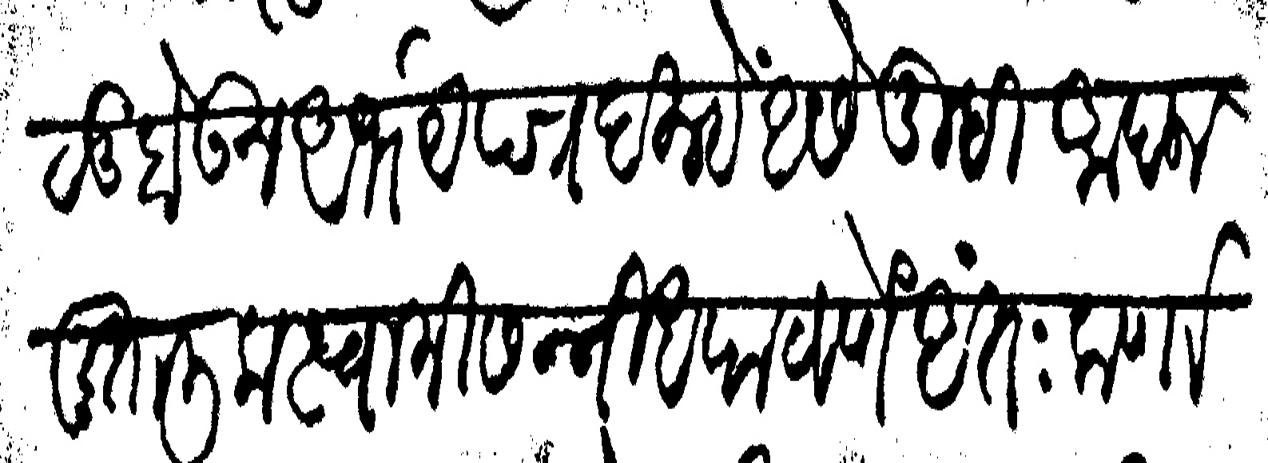
Transliteration (Devanagari): कृपाळू होऊन अभयेपत्र दिल्हें असे तुम्ही आपला मुतालीक स्वामीसन्निध पाठवणे अंतःकर्णास